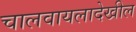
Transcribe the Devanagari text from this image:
चालवायलादेखील